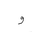
Letter: _waw